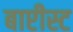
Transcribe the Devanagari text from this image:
बाप्टीस्ट